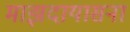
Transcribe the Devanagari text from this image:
माझदायासना